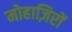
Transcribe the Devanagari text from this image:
मोहाज़िरों